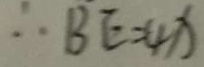
\therefore B E = 4 x